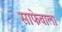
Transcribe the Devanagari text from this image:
साफेवाला